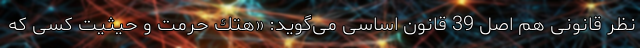
نظر قانونی هم اصل 39 قانون اساسی می‌گوید: «هتك حرمت و حیثیت كسی كه